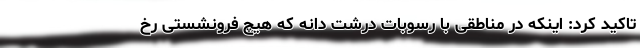
تاکید کرد: اینکه در مناطقی با رسوبات درشت دانه که هیچ فرونشستی رخ